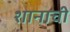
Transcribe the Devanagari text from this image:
शानाची